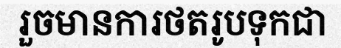
រួចមានការថតរូបទុកជា